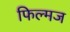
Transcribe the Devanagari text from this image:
फिल्मज